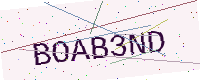
Text: BOAB3ND